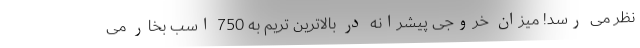
نظر می رسد! میزان خروجی پیشرانه در بالاترین تریم به 750 اسب بخار می